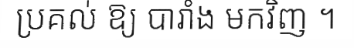
ប្រគល់ ឱ្យ បារាំង មកវិញ ។